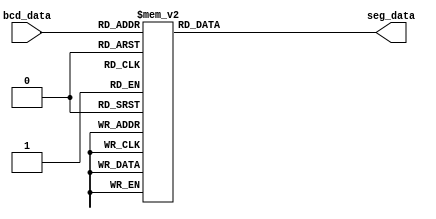
module bcd_to_segment
(
    input [3:0] bcd_data,
    output reg [7:0] seg_data
);
    always @(bcd_data) begin
        case (bcd_data)
             4'b0000:    seg_data <= 8'b11000000;    
             4'b0001:    seg_data <= 8'b11111001;    
             4'b0010:    seg_data <= 8'b10100100;    
             4'b0011:    seg_data <= 8'b10110000;    
             4'b0100:    seg_data <= 8'b10011001;    
             4'b0101:    seg_data <= 8'b10010010;    
             4'b0110:    seg_data <= 8'b10000010;    
             4'b0111:    seg_data <= 8'b11111000;    
             4'b1000:    seg_data <= 8'b10000000;    
             4'b1001:    seg_data <= 8'b10010000;    
             4'b1010:    seg_data <= 8'b01111111;    
             default:    seg_data <= 8'b11111111;    
        endcase    
    end
endmodule